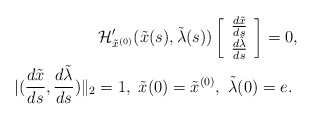
\begin{align*}\mathcal{H}'_{\tilde{x}^{(0)}} (\tilde{x}(s),\tilde{\lambda} (s))\left[\begin{array}{c} \frac{d\tilde{x}}{ds}\\\frac{d\tilde{\lambda}}{ds}\\\end{array}\right]=0, \\|( \frac{d\tilde{x}}{ds},\frac{d\tilde{\lambda}}{ds})\|_2=1, \ \tilde{x}(0)=\tilde{x}^{(0)}, \ \tilde{\lambda}(0)=e. \ \end{align*}